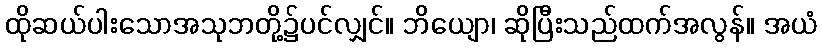
ထိုဆယ်ပါးသောအသုဘတို့၌ပင်လျှင်။ ဘိယျော၊ ဆိုပြီးသည်ထက်အလွန်။ အယံ